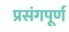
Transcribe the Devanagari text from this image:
प्रसंगपूर्ण